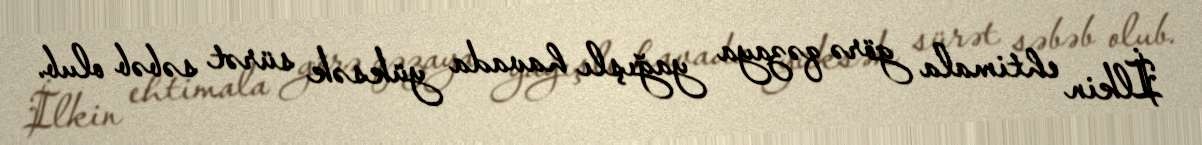
İlkin ehtimala görə qəzaya yağışlı havada yüksək sürət səbəb olub.